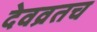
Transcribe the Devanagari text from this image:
देवव्रतच